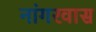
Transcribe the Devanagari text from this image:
नांगरवास